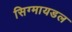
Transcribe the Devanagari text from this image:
सिग्मायडल